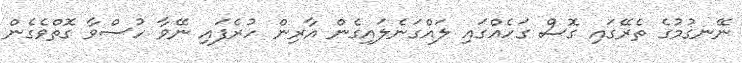
ނޭނގުމުގެ ތެރޭގައި ގޮސް ގަހެއްގައި ލައްގަނެލައިގެން އާރިން ހުރެފައި ނޭވާ ހުސްވާ ގޮތްވެގެން